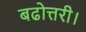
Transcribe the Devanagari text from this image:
बढोत्तरी।